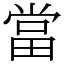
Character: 當